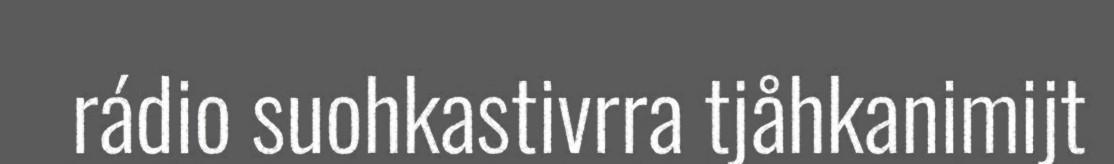
rádio suohkastivrra tjåhkanimijt